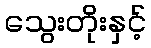
သွေးတိုးနှင့်